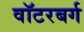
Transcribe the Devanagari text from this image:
वॉटरबर्ग